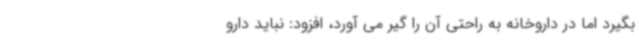
بگیرد اما در داروخانه به راحتی آن را گیر می آورد، افزود: نباید دارو